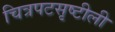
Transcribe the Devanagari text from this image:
चित्रपटसृष्टीली